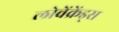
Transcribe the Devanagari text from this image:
लोवेंक्रेंड्स